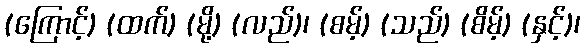
(ကြောင့်) (ထက်) (မို့) (လည်)၊ (စမ့်) (သည်) (စိမ့်) (နှင့်)၊